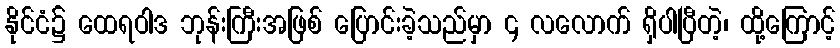
နိုင်ငံ၌ ထေရဝါဒ ဘုန်းကြီးအဖြစ် ပြောင်းခဲ့သည်မှာ ၄ လလောက် ရှိပါပြီတဲ့၊ ထို့ကြောင့်